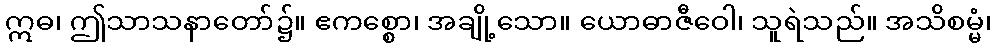
ဣဓ၊ ဤသာသနာတော်၌။ ဧကစ္စော၊ အချို့သော။ ယောဓာဇီဝေါ၊ သူရဲသည်။ အသိစမ္မံ၊